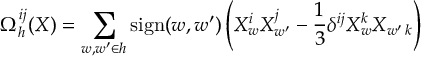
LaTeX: \Omega _ { h } ^ { i j } ( X ) = \sum _ { w , { w ^ { \prime } } \in h } \mathrm { s i g n } ( w , { w ^ { \prime } } ) \left( X _ { w } ^ { i } X _ { w ^ { \prime } } ^ { j } - { \frac { 1 } { 3 } } \delta ^ { i j } X _ { w } ^ { k } X _ { w ^ { \prime } \, k } \right)